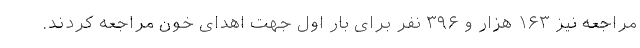
مراجعه نیز ۱۶۳ هزار و ۳۹۶ نفر برای بار اول جهت اهدای خون مراجعه کردند.